Report on the lunatic asylums under the Government of Bombay - 1904-1913
Year: 1904
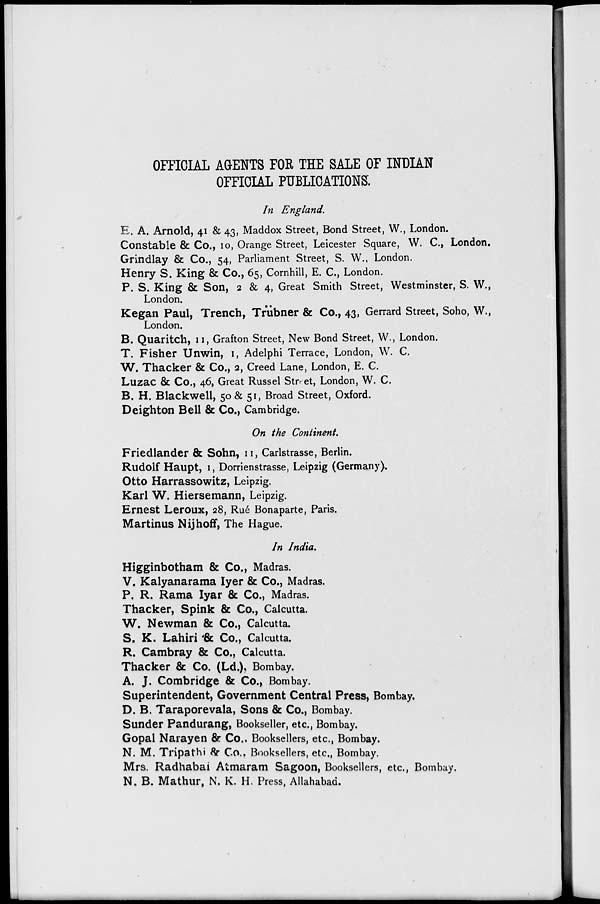
OFFICIAL AGENTS FOR THE SALE OF INDIAN
OFFICIAL PUBLICATIONS.
In England.
E. A. Arnold, 41 & 43, Maddox Street, Bond Street, W., London.
Constable & Co., 10, Orange Street, Leicester Square, W. C., London.
Grindlay & Co., 54, Parliament Street, S. W., London.
Henry S. King & Co., 65, Cornhill, E. C., London.
P. S. King & Son, 2 & 4, Great Smith Street, Westminster, S. W.,
London.
Kegan Paul, Trench, Trübner & Co., 43, Gerrard Street, Soho, W.,
London.
B. Quaritch, 11, Grafton Street, New Bond Street, W., London.
T. Fisher Unwin, 1, Adelphi Terrace, London, W. C.
W. Thacker & Co., 2, Creed Lane, London, E. C.
Luzac & Co., 46, Great Russel Street, London, W. C.
B. H. Blackwell, 50 & 51, Broad Street, Oxford.
Deighton Bell & Co., Cambridge.
On the Continent.
Friedlander & Sohn, 11, Carlstrasse, Berlin.
Rudolf Haupt, 1, Dorrienstrasse, Leipzig (Germany).
Otto Harrassowitz, Leipzig.
Karl W. Hiersemann, Leipzig.
Ernest Leroux, 28, Rué Bonaparte, Paris.
Martinus Nijhoff, The Hague.
In India.
Higginbotham & Co., Madras.
V. Kalyanarama Iyer & Co., Madras.
P. R. Rama Iyar & Co., Madras.
Thacker, Spink & Co., Calcutta.
W. Newman & Co., Calcutta.
S. K. Lahiri & Co., Calcutta.
R. Cambray & Co., Calcutta.
Thacker & Co. (Ld.), Bombay.
A. J. Combridge & Co., Bombay.
Superintendent, Government Central Press, Bombay.
D. B. Taraporevala, Sons & Co., Bombay.
Sunder Pandurang, Bookseller, etc., Bombay.
Gopal Narayen & Co., Booksellers, etc., Bombay.
N. M. Tripathi & Co,. Booksellers, etc., Bombay.
Mrs. Radhabai Atmaram Sagoon, Booksellers, etc., Bombay.
N. B. Mathur, N. K. H. Press, Allahabad.